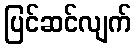
ပြင်ဆင်လျက်